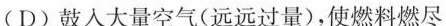
(D)鼓入大量空气(远远过量)，使燃料燃尽